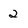
Character: 2